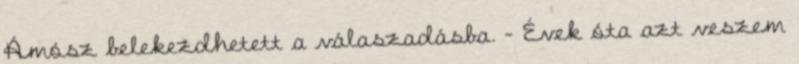
Ámósz belekezdhetett a válaszadásba. - Évek óta azt veszem